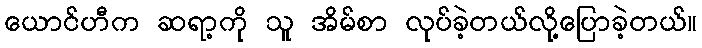
ယောင်ဟီက ဆရာ့ကို သူ အိမ်စာ လုပ်ခဲ့တယ်လို့ပြောခဲ့တယ်။